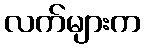
လက်များက